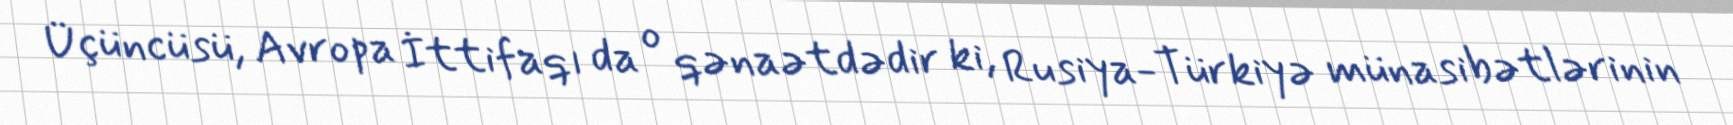
Üçüncüsü, Avropa İttifaqı da o qənaətdədir ki, Rusiya-Türkiyə münasibətlərinin